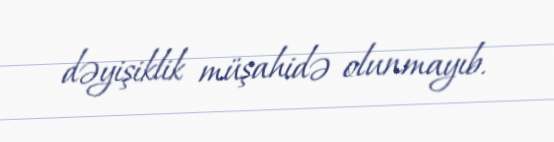
dəyişiklik müşahidə olunmayıb.